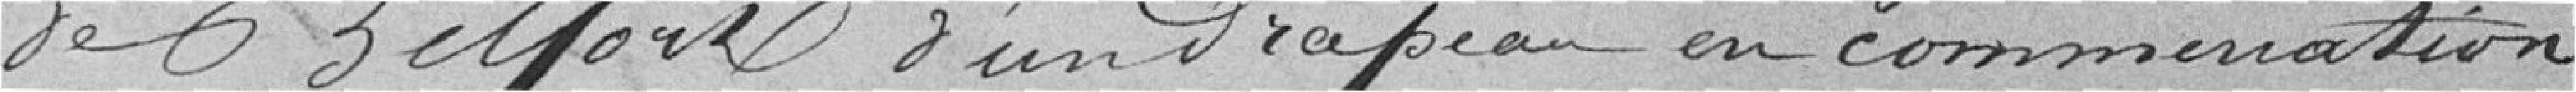
de Belfort d'un drapeau, en commémoration